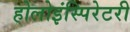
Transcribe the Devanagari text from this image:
होलोइंस्पिरेटरी